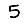
Digit: 5